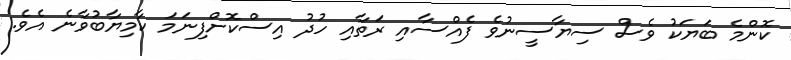
ކޮންމެ ބަޔަކު ވެސް ސިޔާސީނުވެ ފެއްސާއި ރަތާއި ހުދު އިސްކޮށްފިނަމަ ކާމިޔާބުވާނެ އެވެ.